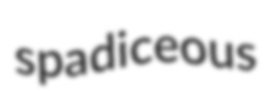
spadiceous